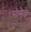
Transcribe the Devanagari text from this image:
सौसैटी